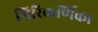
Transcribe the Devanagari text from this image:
गिरिकर्णिका